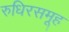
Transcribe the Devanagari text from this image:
रुधिरसमूह